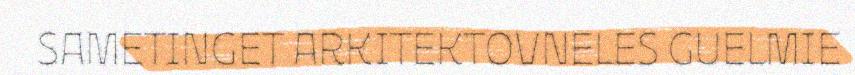
SAMETINGET ARKITEKTOVNELES GUELMIE